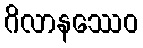
ဂိလာနဿေဝ